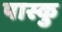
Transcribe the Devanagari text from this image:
पास्कु